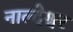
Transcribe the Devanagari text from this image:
नाल्देश्वर